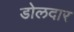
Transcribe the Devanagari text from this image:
डोलदार